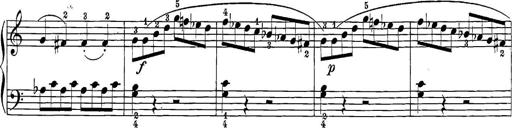
Title: 12 Sonatine per Pianoforte
Composer: Friedrich Kuhlau